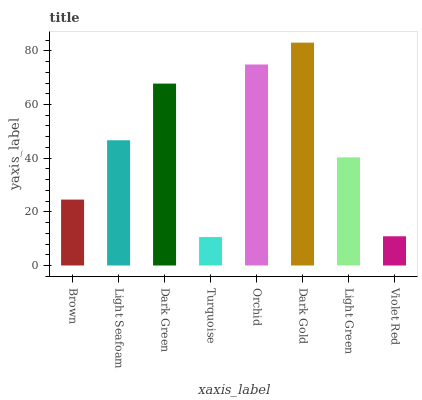
| xaxis_label | bars |
 | --- | --- |
 | Brown | 24.6 |
 | Light Seafoam | 46.7 |
 | Dark Green | 67.8 |
 | Turquoise | 10.6 |
 | Orchid | 74.9 |
 | Dark Gold | 83 |
 | Light Green | 40.3 |
 | Violet Red | 10.9 |